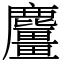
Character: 麠